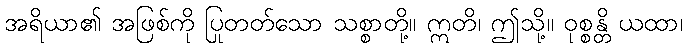
အရိယာ၏ အဖြစ်ကို ပြုတတ်သော သစ္စာတို့။ ဣတိ၊ ဤသို့။ ဝုစ္စန္တိ ယထာ၊